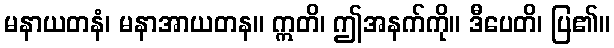
မနာယတနံ၊ မနာအာယတန။ ဣတိ၊ ဤအနက်ကို။ ဒီပေတိ၊ ပြ၏။